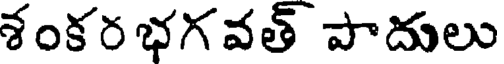
శంకర భగవత్ పాదులు